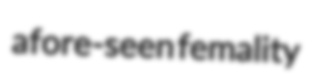
afore-seen femality